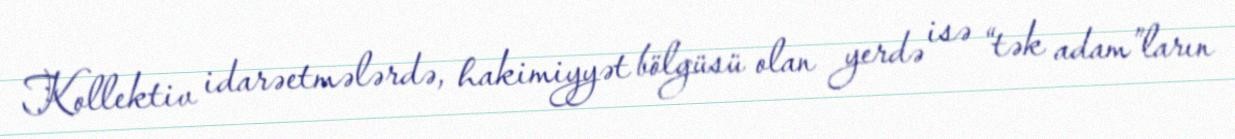
Kollektiv idarəetmələrdə, hakimiyyət bölgüsü olan yerdə isə “tək adam”ların